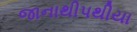
જાનાથીપથીયા